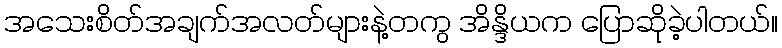
အသေးစိတ်အချက်အလတ်များနဲ့တကွ အိန္ဒိယက ပြောဆိုခဲ့ပါတယ်။